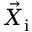
\vec { X } _ { \mathrm { i } }